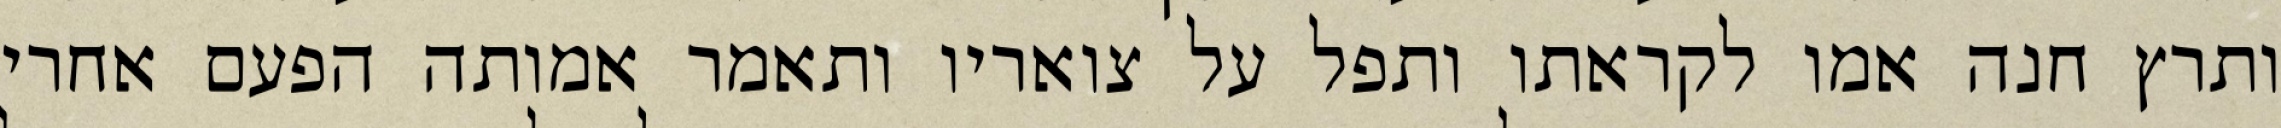
ותרץ חנה אמו לקראתו ותפל על צואריו ותאמר אמותה הפעם אחרי